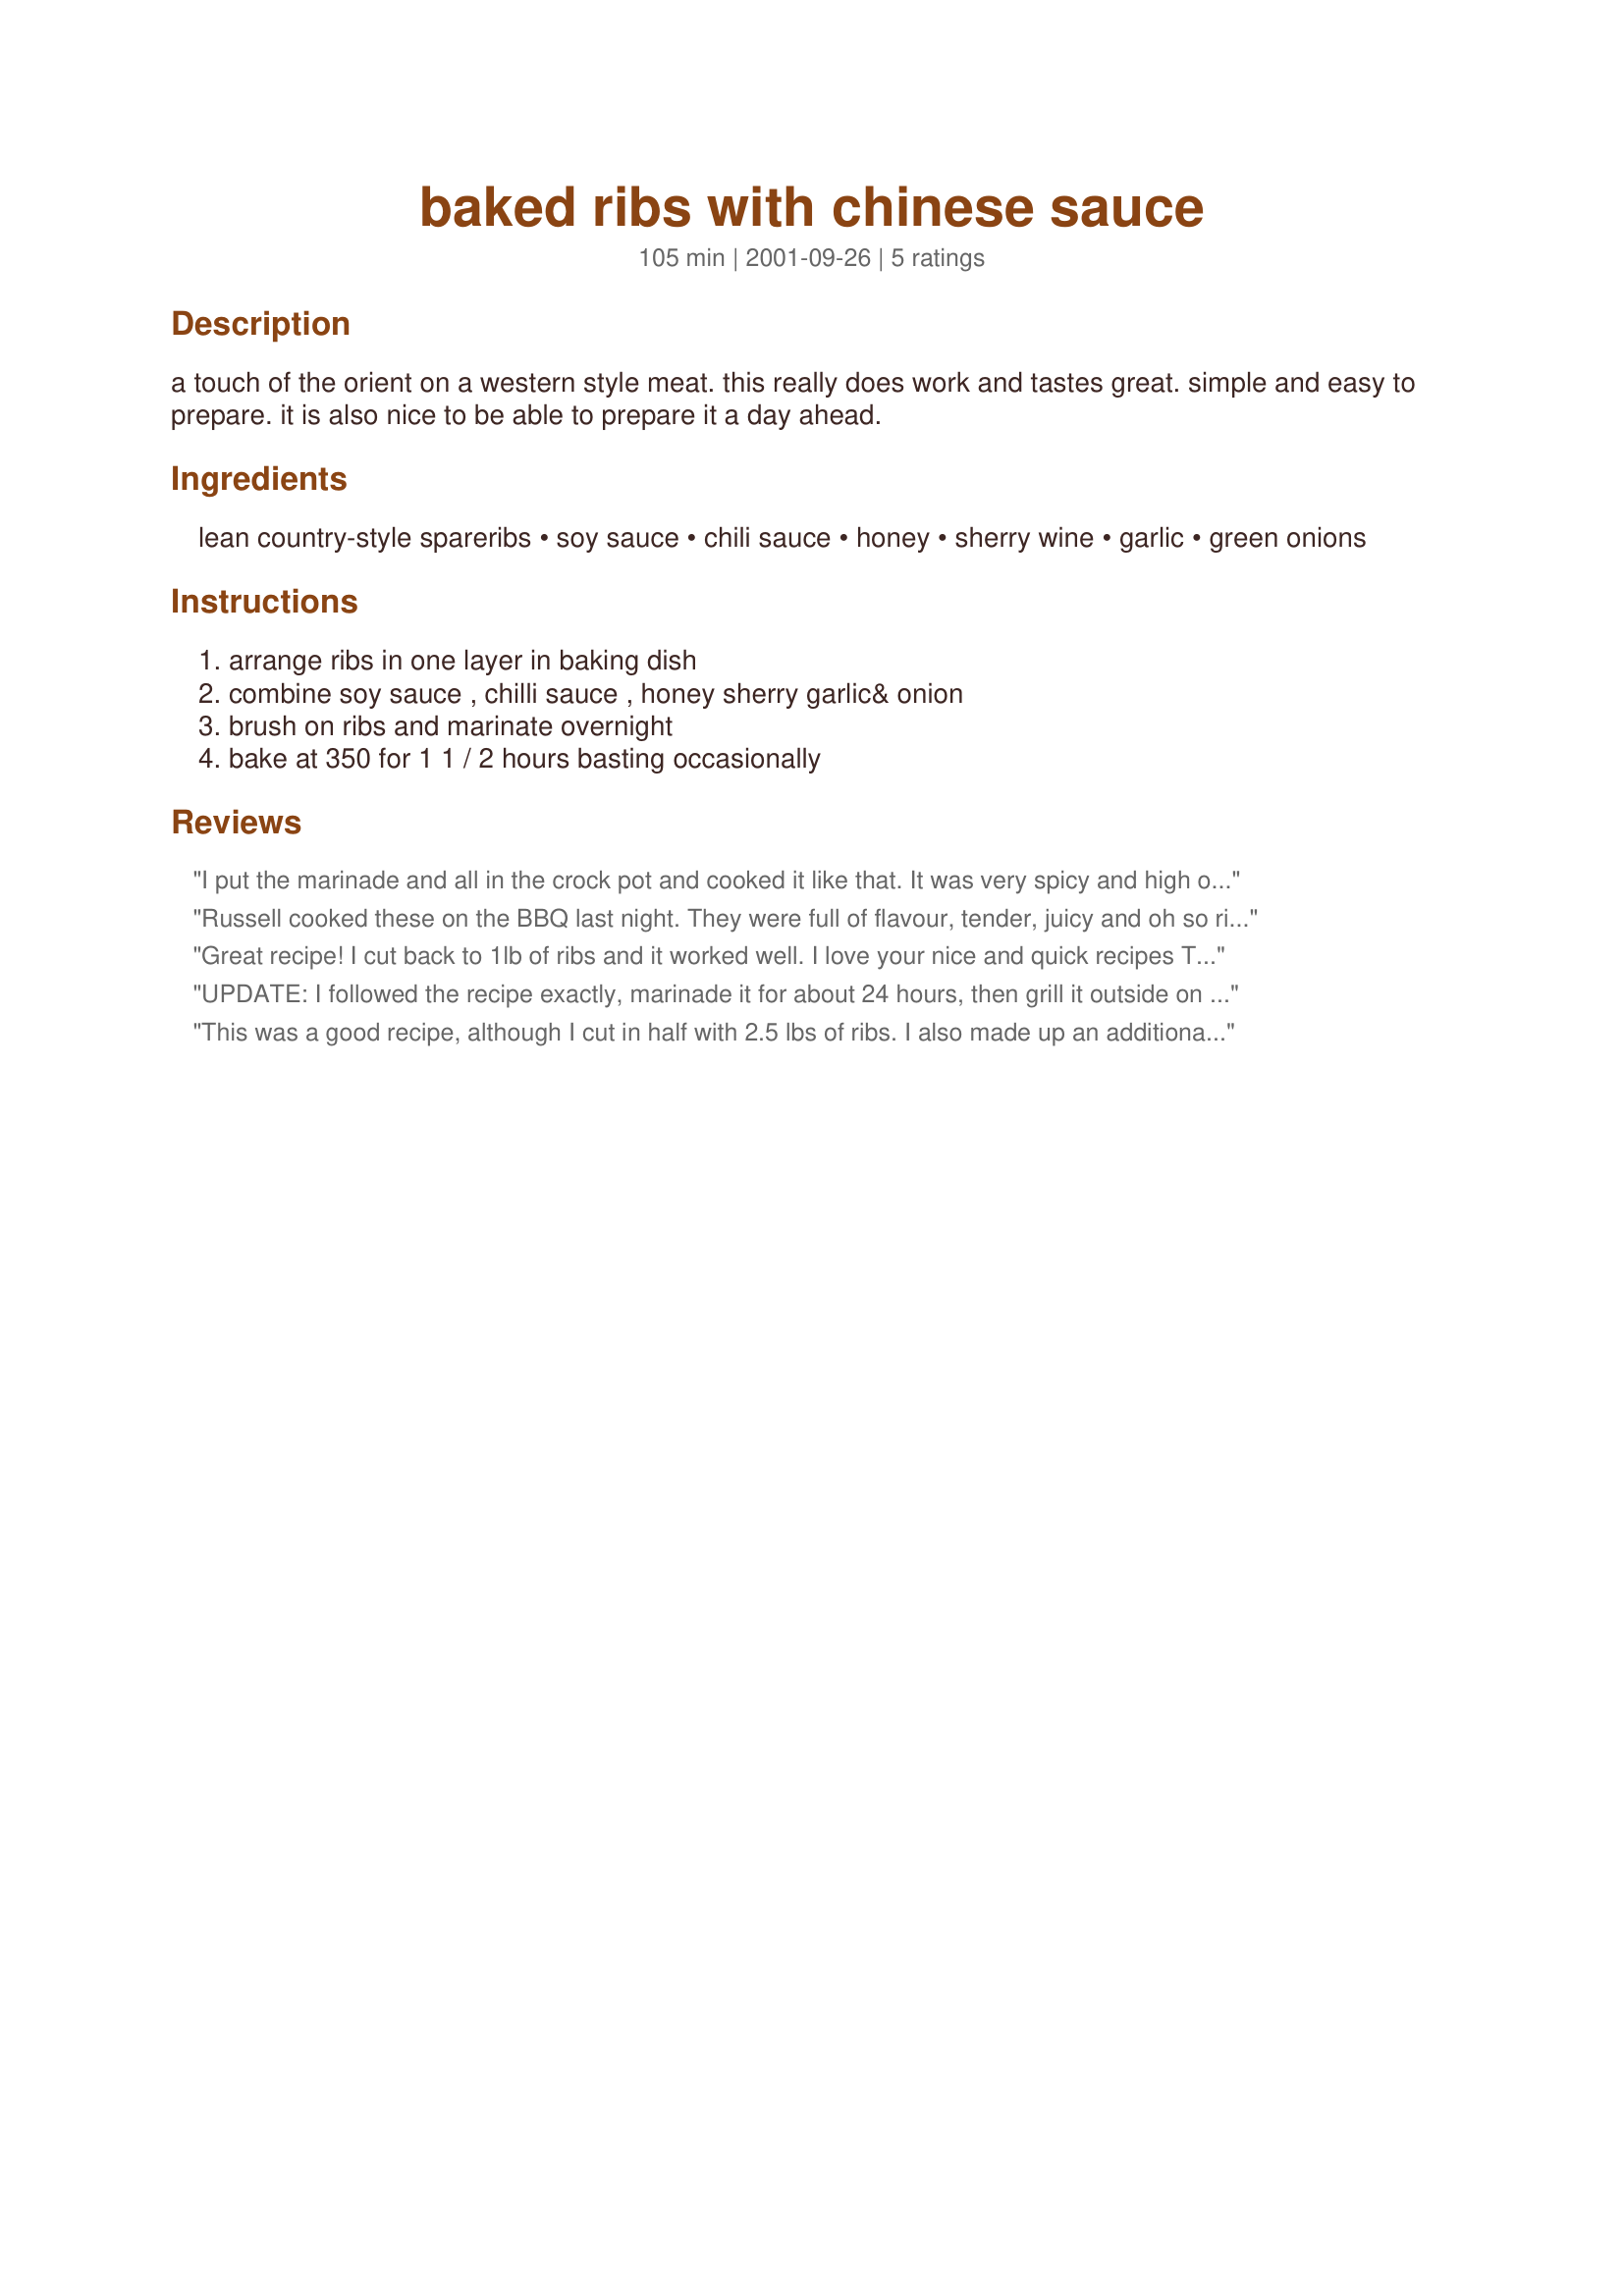
baked ribs with chinese sauce
Preparation time: 105 minutes

a touch of the orient on a western style meat. this really does work and tastes great. simple and easy to prepare. it is also nice to be able to prepare it a day ahead.

Ingredients:
lean country-style spareribs, soy sauce, chili sauce, honey, sherry wine, garlic, green onions

Steps:
arrange ribs in one layer in baking dish, combine soy sauce , chilli sauce , honey sherry garlic& onion, brush on ribs and marinate overnight, bake at 350 for 1 1 / 2 hours basting occasionally

Reviews:
I put the marinade and all in the crock pot and cooked it like that. It was very spicy and high on flavor but I loved it. My family likes everything bland so they did not care for this. But, I altered the recipe and thats prob what made it so spicy.
Russell cooked these on the BBQ last night. They were full of flavour, tender, juicy and oh so rich. I really enjoyed them, but couldn't eat them every week.
Great recipe! I cut back to 1lb of ribs and it worked well. I love your nice and quick recipes Tebo. I also added a bit of Hot sweet Chili sauce.
UPDATE: I followed the recipe exactly, marinade it for about 24 hours, then grill it outside on the gas grill for about 1 1/2 hour on the medium and top rack, it came out absolutely perfect. Better then restaurants. I would give it a 10 if I could.
This was a good recipe, although I cut in half with 2.5 lbs of ribs.

I also made up an additional mix of marinade, and brushed it on every 15 min. intervals while it was cooking. I think this kept the meat from drying out, and it was melt-in-your mouth tender without having to be covered.

Didn't have a beer with this one, but a nice light Weizen or a Japanese style Lager (Kirin) would go extremely well, and would balance the sweetness of the sauce quite nicely.

Served with an Iceberg wedge salad with Ranch dressing and some ranch-style beans (canned)
